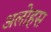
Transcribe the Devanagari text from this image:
अलोहस